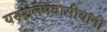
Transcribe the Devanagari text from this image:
यरुशलेमवासीयांनो